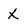
Character: X